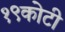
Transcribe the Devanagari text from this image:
१९कोटी